Notes on the propagation and cultivation of the medicinal cinchonas, or Peruvian bark trees
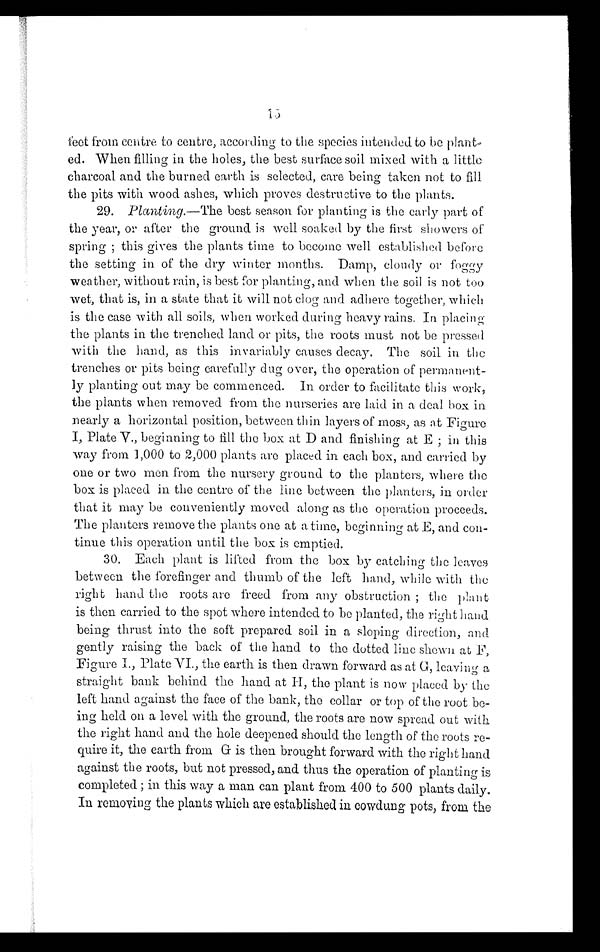
15
feet from centre to centre, according to the species intended to be plant-
ed. When filling in the holes, the best surface soil mixed with a little
charcoal and the burned earth is selected, care being taken not to fill
the pits with wood ashes, which proves destructive to the plants.
29. Planting .—The best season for planting is the early part of
the year, or after the ground is well soaked by the first showers of
spring ; this gives the plants time to become well established before
the setting in of the dry winter months. Damp, cloudy or foggy
weather, without rain, is best for planting, and when the soil is not too
wet, that is, in a state that it will not clog and adhere together, which
is the case with all soils, when worked during heavy rains. In placing
the plants in the trenched land or pits, the roots must not be pressed
with the hand, as this invariably causes decay. The soil in the
trenches or pits being carefully dug over, the operation of permanent-
ly planting out may be commenced. In order to facilitate this work,
the plants when removed from the nurseries are laid in a deal box in
nearly a horizontal position, between thin layers of moss, as at Figure
I, Plate V., beginning to fill the box at D and finishing at E ; in this
way from 1,000 to 2,000 plants are placed in each box, and carried by
one or two men from the nursery ground to the planters, where the
box is placed in the centre of the line between the planters, in order
that it may be conveniently moved along as the operation proceeds.
The planters remove the plants one at a time, beginning at E, and con-
tinue this operation until the box is emptied.
30. Each plant is lifted from the box by catching the leaves
between the forefinger and thumb of the left hand, while with the
right hand the roots are freed from any obstruction ; the plant
is then carried to the spot where intended to be planted, the right hand
being thrust into the soft prepared soil in a sloping direction, and
gently raising the back of the hand to the dotted line shown at F,
Figure I., Plate VI., the earth is then drawn forward as at G, leaving a
straight bank behind the hand at H, the plant is now placed by the
left hand against the face of the bank, the collar or top of the root be-
ing held on a level with the ground, the roots are now spread out with
the right hand and the hole deepened should the length of the roots re-
quire it, the earth from G is then brought forward with the right hand
against the roots, but not pressed, and thus the operation of planting is
completed ; in this way a man can plant from 400 to 500 plants daily.
In removing the plants which are established in cowdung pots, from the